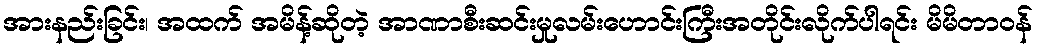
အားနည်းခြင်း၊ အထက် အမိန့်ဆိုတဲ့ အာဏာစီးဆင်းမှုလမ်းဟောင်းကြီးအတိုင်းလိုက်ပါရင်း မိမိတာဝန်